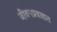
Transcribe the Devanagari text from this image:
जीवनप्रवाहात